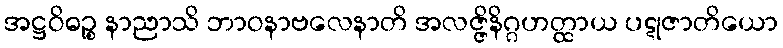
အဋ္ဌဝိဓဉ္စ နာညာသိ ဘာဝနာဗလေနာတိ အလဇ္ဇိနိဂ္ဂဟတ္ထာယ ပဋုဇာတိယော